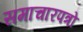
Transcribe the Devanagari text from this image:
समाचारपत्रो